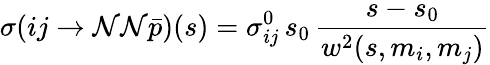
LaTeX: \sigma(ij\rightarrow\mathcal{N}\mathcal{N}\bar{{p}})(s)=\sigma_{ij}^{0}\, s_{0}\, \frac{{s-s_{0}}}{{w^{2}(s,m_{i},m_{j})}}